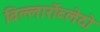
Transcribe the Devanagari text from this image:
विल्लार्रोब्लेदो